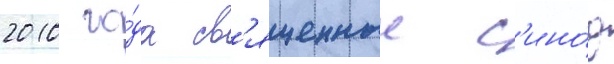
2010 го́да св'ященныи с'ино́д